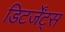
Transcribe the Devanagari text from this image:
डिटर्जेंट्स